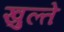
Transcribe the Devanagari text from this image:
खुल्ते